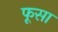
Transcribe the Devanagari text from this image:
फूसा